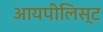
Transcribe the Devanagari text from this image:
आयपीलिस्ट